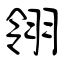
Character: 翎